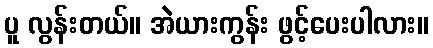
ပူ လွန်းတယ်။ အဲယားကွန်း ဖွင့်ပေးပါလား။